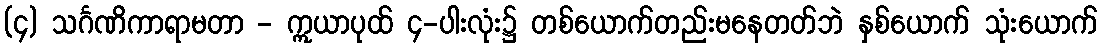
(၄) သင်္ဂဏိကာရာမတာ - ဣယာပုထ် ၄-ပါးလုံး၌ တစ်ယောက်တည်းမနေတတ်ဘဲ နှစ်ယောက် သုံးယောက်